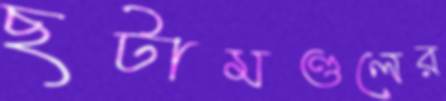
ছটামণ্ডলের